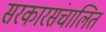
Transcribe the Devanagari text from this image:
सरकारसंचालित